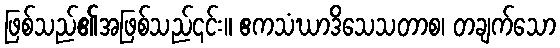
ဖြစ်သည်၏အဖြစ်သည်၎င်း။ ဧကသံဃာဒိသေသတာစ၊ တချက်သော